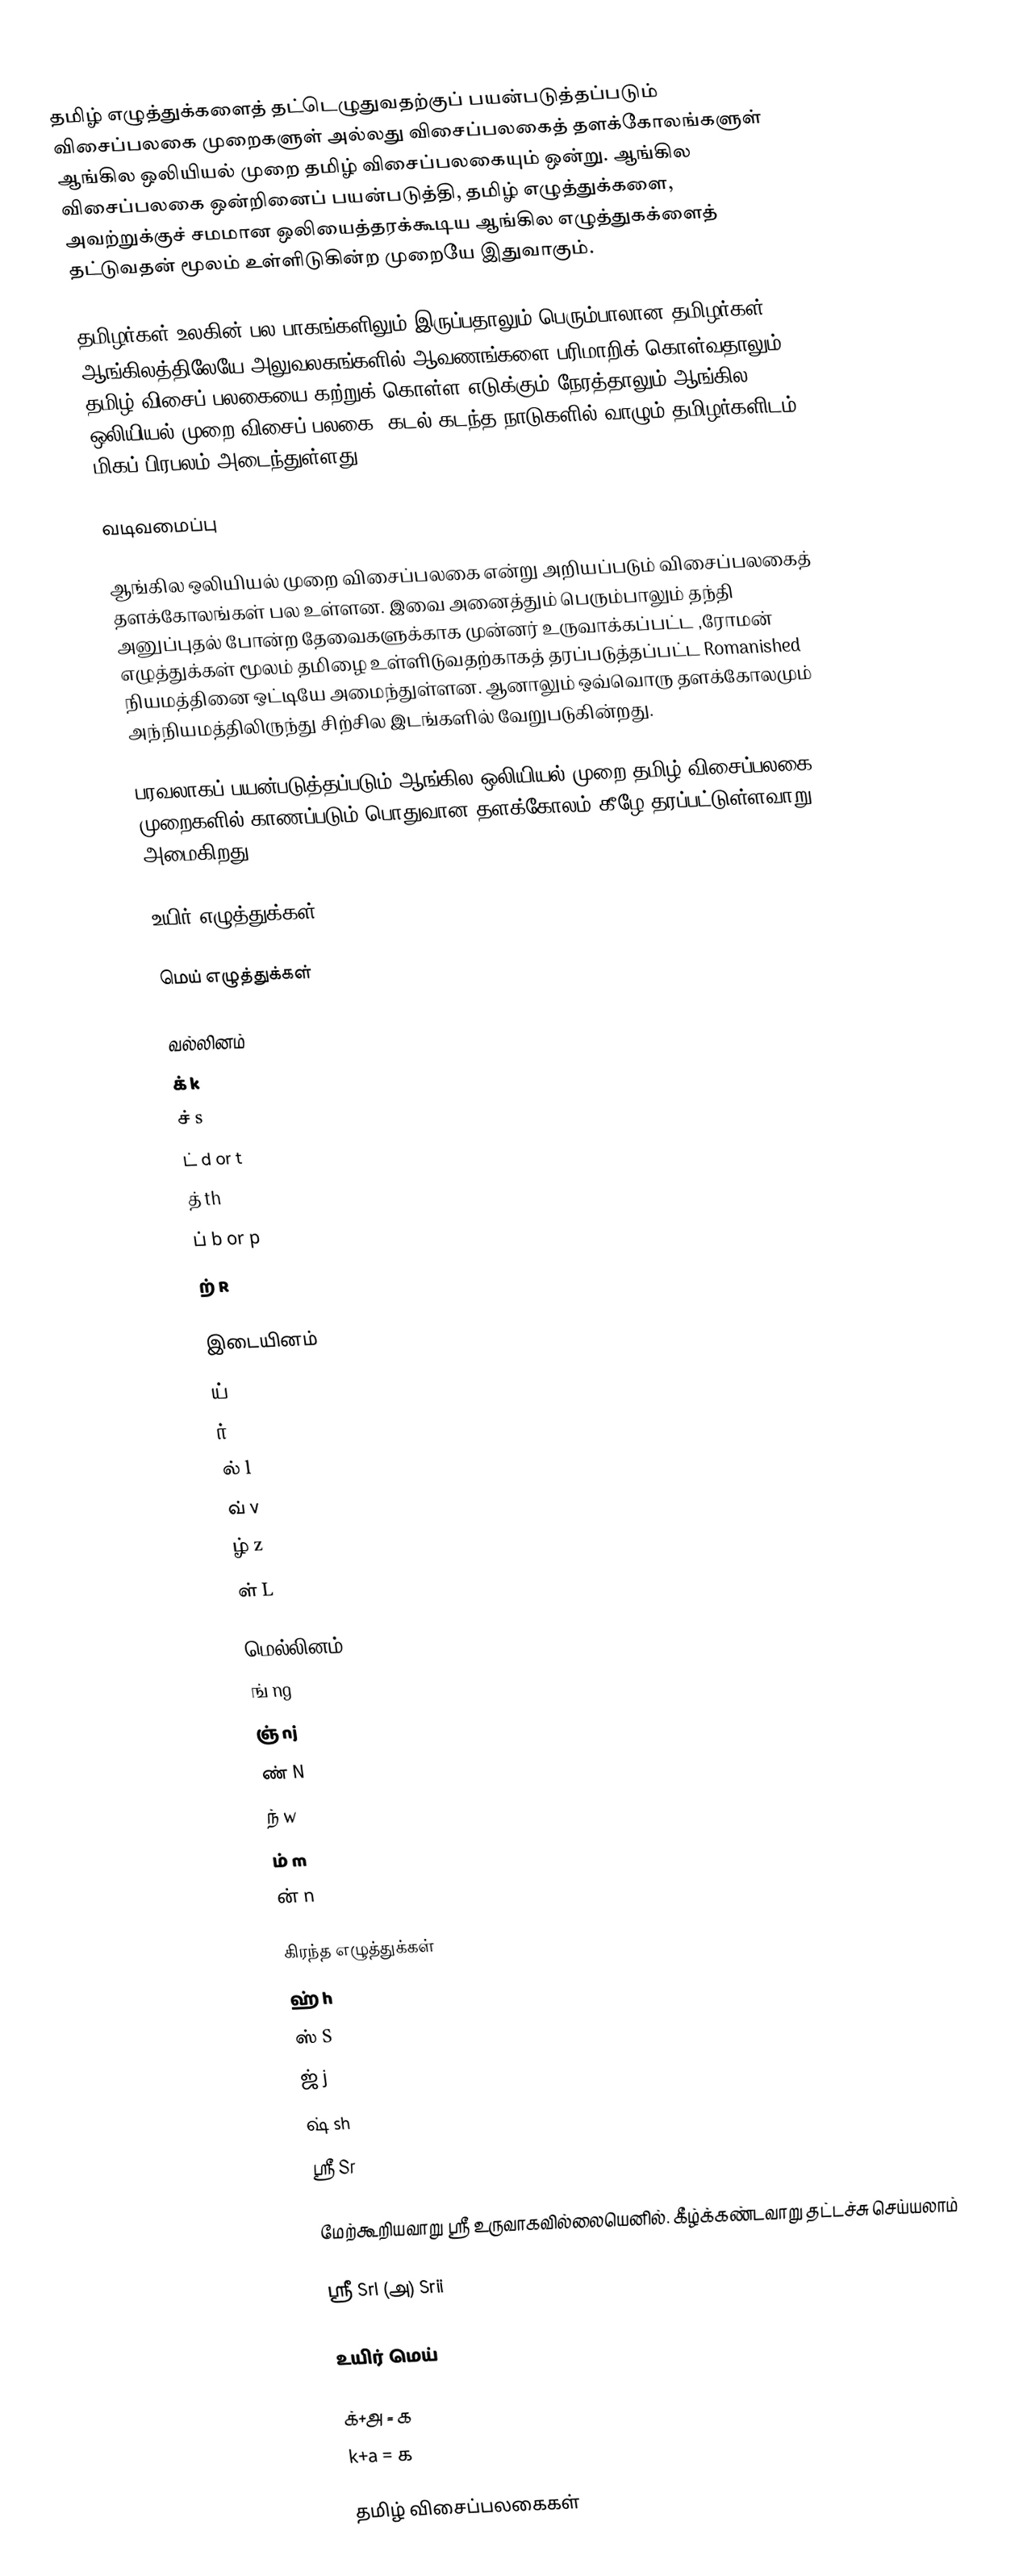
தமிழ் எழுத்துக்களைத் தட்டெழுதுவதற்குப் பயன்படுத்தப்படும் விசைப்பலகை முறைகளுள் அல்லது விசைப்பலகைத் தளக்கோலங்களுள் ஆங்கில ஒலியியல் முறை தமிழ் விசைப்பலகையும் ஒன்று.  ஆங்கில விசைப்பலகை ஒன்றினைப் பயன்படுத்தி, தமிழ் எழுத்துக்களை, அவற்றுக்குச் சமமான ஒலியைத்தரக்கூடிய ஆங்கில எழுத்துகக்ளைத் தட்டுவதன் மூலம் உள்ளிடுகின்ற முறையே இதுவாகும்.

தமிழர்கள் உலகின் பல பாகங்களிலும் இருப்பதாலும் பெரும்பாலான தமிழர்கள் ஆங்கிலத்திலேயே அலுவலகங்களில் ஆவணங்களை பரிமாறிக் கொள்வதாலும் தமிழ் விசைப் பலகையை கற்றுக் கொள்ள எடுக்கும் நேரத்தாலும் ஆங்கில ஒலியியல் முறை விசைப் பலகை, கடல் கடந்த நாடுகளில் வாழும் தமிழர்களிடம் மிகப் பிரபலம் அடைந்துள்ளது.

வடிவமைப்பு

ஆங்கில ஒலியியல் முறை விசைப்பலகை என்று அறியப்படும் விசைப்பலகைத் தளக்கோலங்கள் பல உள்ளன. இவை அனைத்தும் பெரும்பாலும் தந்தி அனுப்புதல் போன்ற தேவைகளுக்காக முன்னர் உருவாக்கப்பட்ட ,ரோமன் எழுத்துக்கள் மூலம் தமிழை உள்ளிடுவதற்காகத் தரப்படுத்தப்பட்ட Romanished நியமத்தினை ஒட்டியே அமைந்துள்ளன. ஆனாலும் ஒவ்வொரு தளக்கோலமும் அந்நியமத்திலிருந்து சிற்சில இடங்களில் வேறுபடுகின்றது.

பரவலாகப் பயன்படுத்தப்படும் ஆங்கில ஒலியியல் முறை தமிழ் விசைப்பலகை முறைகளில் காணப்படும் பொதுவான தளக்கோலம் கீழே தரப்பட்டுள்ளவாறு அமைகிறது.

உயிர் எழுத்துக்கள்

மெய் எழுத்துக்கள்

வல்லினம்
க்     k
ச்     s
ட்     d or t
த்     th
ப்     b or p
ற்     R

இடையினம்
ய்     y
ர்      r
ல்     l
வ்     v
ழ்      z
ள்      L

மெல்லினம்
ங்      ng
ஞ்      nj
ண்      N
ந்       w
ம்       m
ன்       n

கிரந்த எழுத்துக்கள்
ஹ்       h
ஸ்        S
ஜ்         j
ஷ்        sh
ஸ்ரீ        Sr

மேற்கூறியவாறு ஸ்ரீ உருவாகவில்லையெனில். கீழ்க்கண்டவாறு தட்டச்சு செய்யலாம்

ஸ்ரீ       SrI (அ) Srii

உயிர் மெய்

க்+அ = க
k+a = க

தமிழ் விசைப்பலகைகள்